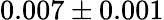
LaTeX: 0.007\pm 0.001